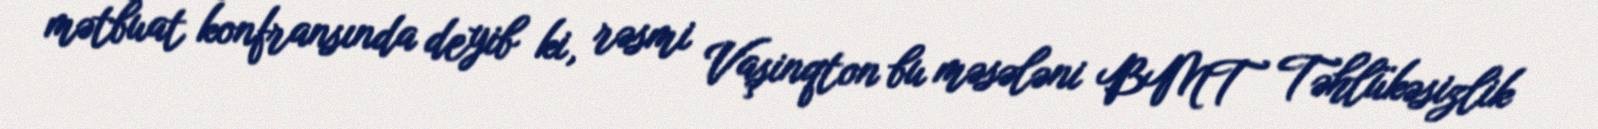
mətbuat konfransında deyib ki, rəsmi Vaşinqton bu məsələni BMT Təhlükəsizlik